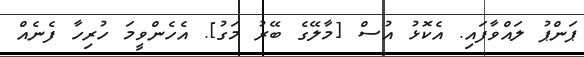
ޕަންޕު ލައްވާފައި. އެކޮޅު އުސް [މާލޭގެ ބޭރު މަގު]. އެހެންވީމަ ހުރިހާ ފެނެއް